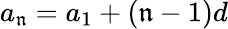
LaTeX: a_{\mathfrak{n}}=a_{1}+(\mathfrak{n}-1)d